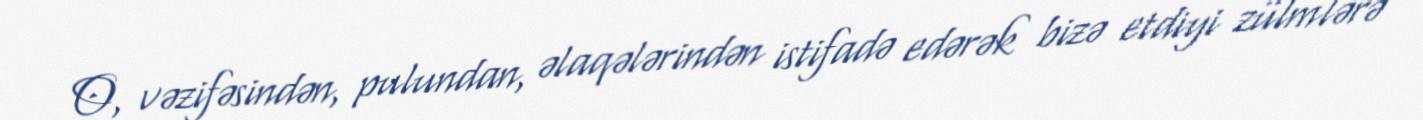
O, vəzifəsindən, pulundan, əlaqələrindən istifadə edərək bizə etdiyi zülmlərə